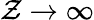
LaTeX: \mathcal{Z}\to\infty